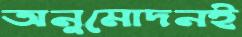
অনুমোদনই